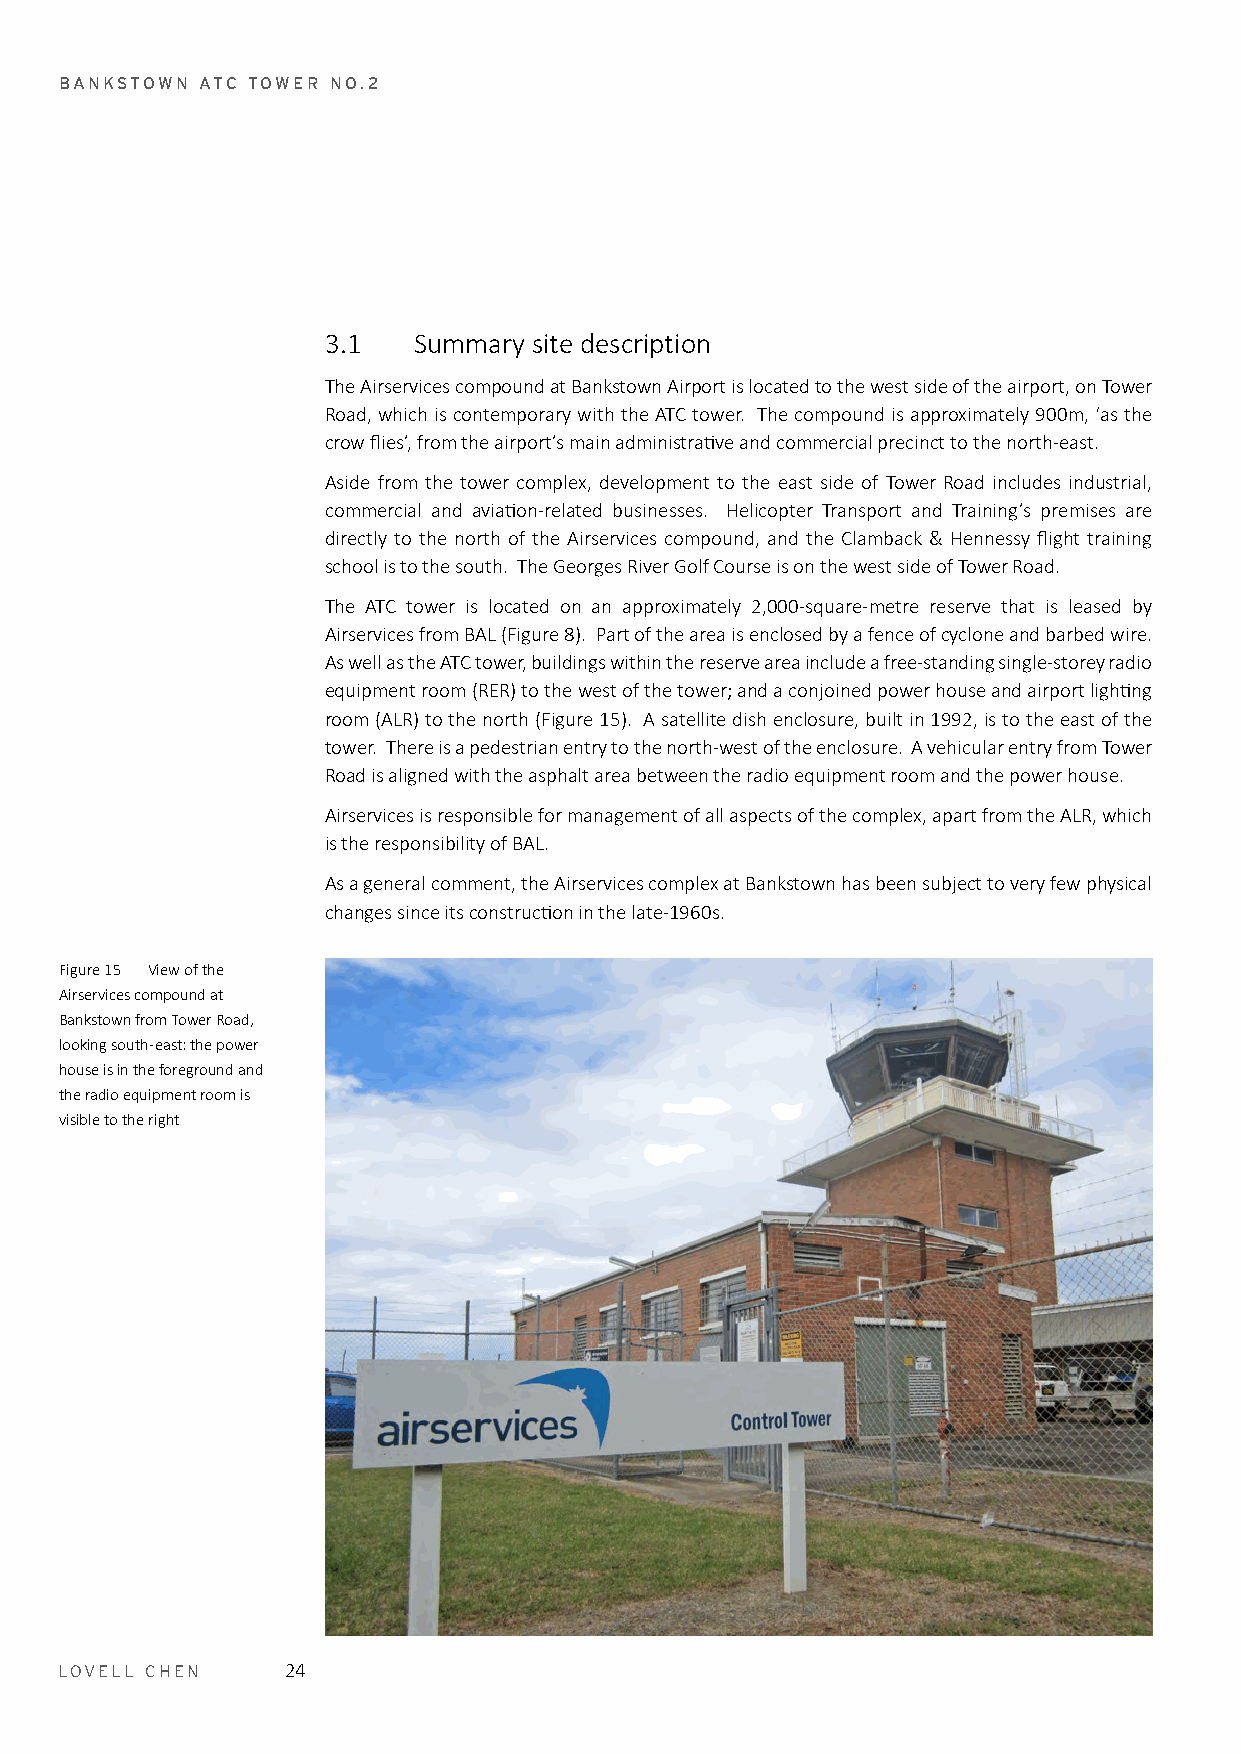
BANKSTOWN ATC TOWER NO.2
 3.1  Summary site description
 The Airservices compound at Bankstown Airport is located to the west side of the airport, on Tower
 Road, which is contemporary with the ATC tower. The compound is approximately 900m, ‘as the
 crow flies’, from the airport’s main administrative and commercial precinct to the north-east.
 Aside from the tower complex, development to the east side of Tower Road includes industrial,
 commercial and aviation-related businesses. Helicopter Transport and Training’s premises are
 directly to the north of the Airservices compound, and the Clamback & Hennessy flight training
 school is to the south. The Georges River Golf Course is on the west side of Tower Road.
 The ATC tower is located on an approximately 2,000-square-metre reserve that is leased by
 Airservices from BAL (Figure 8). Part of the area is enclosed by a fence of cyclone and barbed wire.
 As well as the ATC tower, buildings within the reserve area include a free-standing single-storey radio
 equipment room (RER) to the west of the tower; and a conjoined power house and airport lighting
 room (ALR) to the north (Figure 15). A satellite dish enclosure, built in 1992, is to the east of the
 tower. There is a pedestrian entry to the north-west of the enclosure. A vehicular entry from Tower
 Road is aligned with the asphalt area between the radio equipment room and the power house.
 Airservices is responsible for management of all aspects of the complex, apart from the ALR, which
 is the responsibility of BAL.
 As a general comment, the Airservices complex at Bankstown has been subject to very few physical
 changes since its construction in the late-1960s.
 Figure 15 View of the
 Airservices compound at
 Bankstown from Tower Road,
 looking south-east: the power
 house is in the foreground and
 the radio equipment room is
 visible to the right
 LOVELL CHEN    24